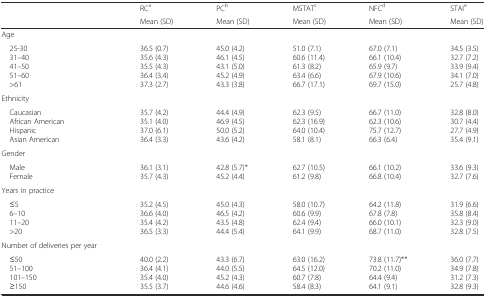
<table><thead><tr><td rowspan="2"></td><td><b>RC<sup>a</sup></b></td><td><b>PC<sup>b</sup></b></td><td><b>MSTAT<sup>c</sup></b></td><td><b>NFC<sup>d</sup></b></td><td><b>STAI<sup>e</sup></b></td></tr><tr><td><b>Mean (SD)</b></td><td><b>Mean (SD)</b></td><td><b>Mean (SD)</b></td><td><b>Mean (SD)</b></td><td><b>Mean (SD)</b></td></tr></thead><tbody><tr><td>Age</td><td></td><td></td><td></td><td></td><td></td></tr><tr><td> 25-30 31–40 41–50 51–60 &gt;61</td><td>36.5 (0.7)35.6 (4.3)35.5 (4.3)36.4 (3.4)37.3 (2.7)</td><td>45.0 (4.2)46.1 (4.5)43.1 (5.0)45.2 (4.9)43.3 (3.8)</td><td>51.0 (7.1)60.6 (11.4)61.3 (8.2)63.4 (6.6)66.7 (17.1)</td><td>67.0 (7.1)66.1 (10.4)65.9 (9.7)67.9 (10.6)69.7 (15.0)</td><td>34.5 (3.5)32.7 (7.2)33.9 (9.4)34.1 (7.0)25.7 (4.8)</td></tr><tr><td>Ethnicity</td><td></td><td></td><td></td><td></td><td></td></tr><tr><td> Caucasian African American Hispanic Asian American</td><td>35.7 (4.2)35.1 (4.0)37.0 (6.1)36.4 (3.3)</td><td>44.4 (4.9)46.9 (4.5)50.0 (5.2)43.6 (4.2)</td><td>62.3 (9.5)62.3 (16.9)64.0 (10.4)58.1 (8.1)</td><td>66.7 (11.0)62.3 (10.6)75.7 (12.7)66.3 (6.4)</td><td>32.8 (8.0)30.7 (4.4)27.7 (4.9)35.4 (9.1)</td></tr><tr><td>Gender</td><td></td><td></td><td></td><td></td><td></td></tr><tr><td> Male Female</td><td>36.1 (3.1)35.7 (4.3)</td><td>42.8 (5.7)*45.2 (4.4)</td><td>62.7 (10.5)61.2 (9.8)</td><td>66.1 (10.2)66.8 (10.4)</td><td>33.6 (9.3)32.7 (7.6)</td></tr><tr><td>Years in practice</td><td></td><td></td><td></td><td></td><td></td></tr><tr><td> ≤5 6–10 11–20 &gt;20</td><td>35.2 (4.5)36.6 (4.0)35.4 (4.2)36.5 (3.3)</td><td>45.0 (4.3)46.5 (4.2)43.5 (4.8)44.4 (5.4)</td><td>58.0 (10.7)60.6 (9.9)62.4 (9.4)64.1 (9.9)</td><td>64.2 (11.8)67.8 (7.8)66.0 (10.1)68.7 (11.0)</td><td>31.9 (6.6)35.8 (8.4)32.3 (9.0)32.8 (7.5)</td></tr><tr><td>Number of deliveries per year</td><td></td><td></td><td></td><td></td><td></td></tr><tr><td> ≤50 51–100 101–150 ≥150</td><td>40.0 (2.2)36.4 (4.1)35.4 (4.0)35.5 (3.7)</td><td>43.3 (6.7)44.0 (5.5)45.2 (4.3)44.6 (4.6)</td><td>63.0 (16.2)64.5 (12.0)60.7 (7.8)58.4 (8.3)</td><td>73.8 (11.7)**70.2 (11.0)64.4 (9.4)64.1 (9.1)</td><td>36.0 (7.7)34.9 (7.8)31.2 (7.3)32.8 (9.3)</td></tr></tbody></table>